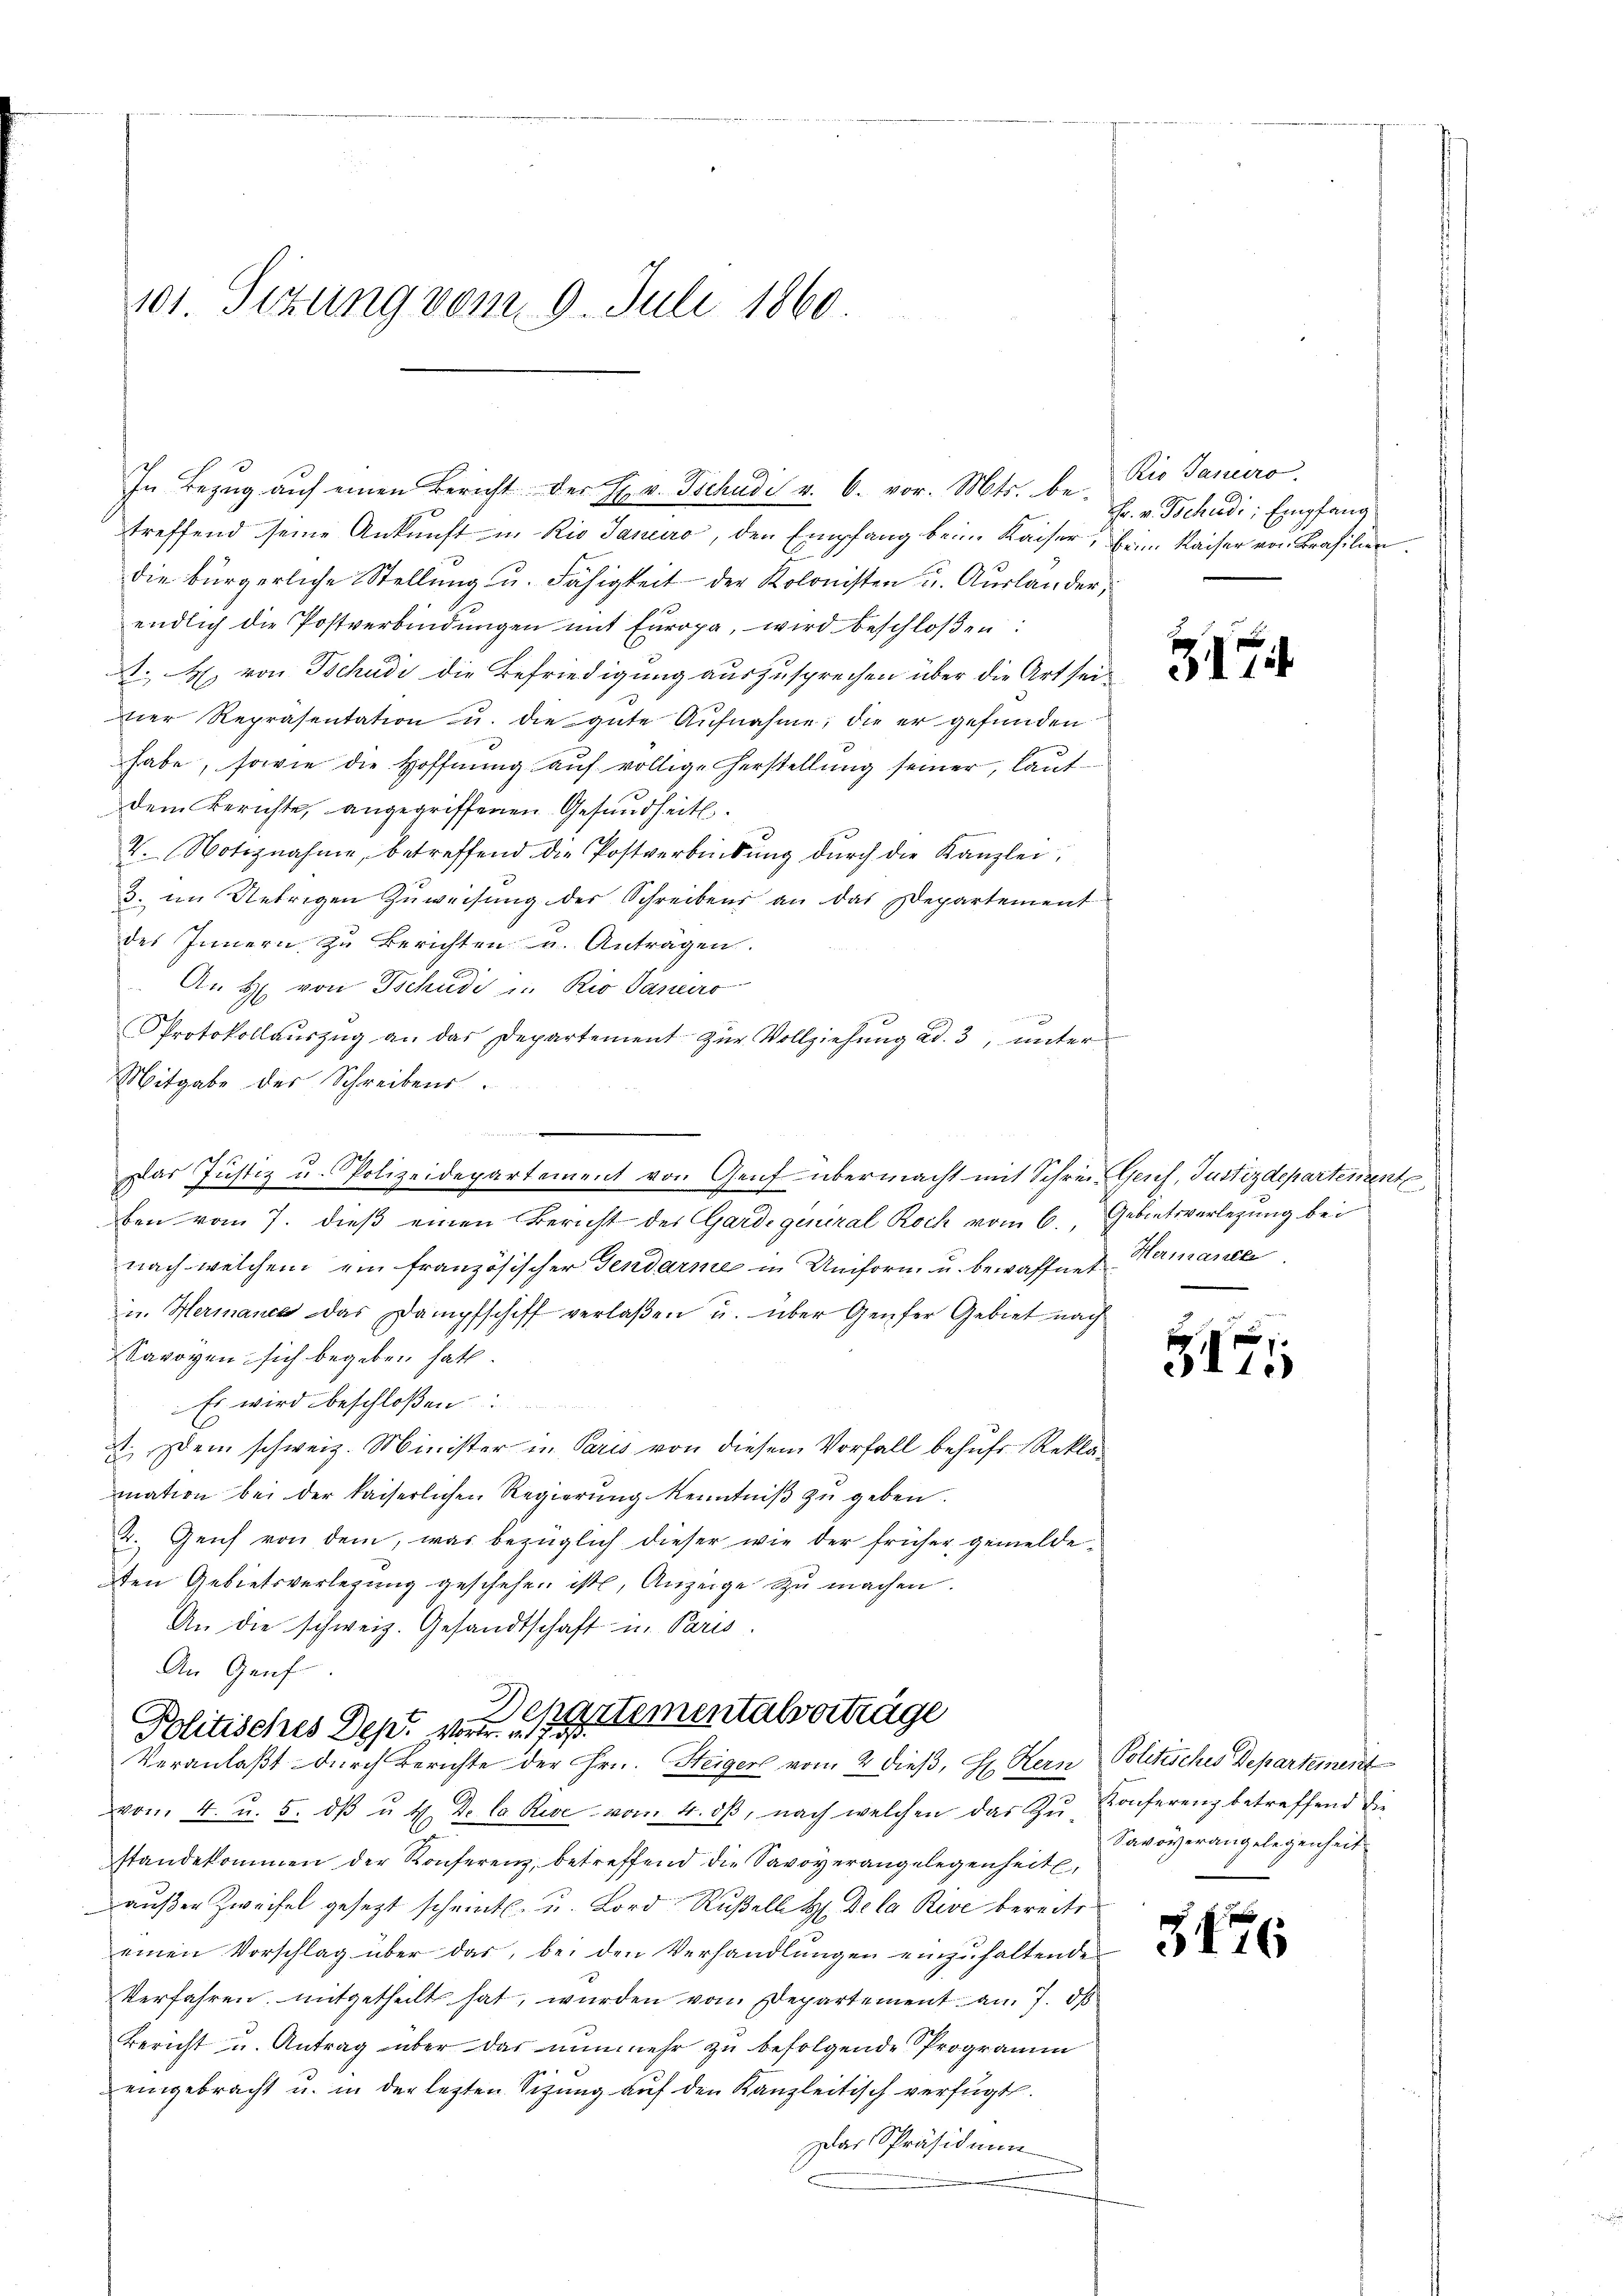
101. Sizung vom 9. Juli 1860

treffend seine Ankunft u. Rio Janeiro, den Empfang beim Kaiser, beim Kaiser von Brasilien
die bürgerliche Stellŭng u. Fähigkeit der Kolonisten u. Auslander,
endlich die Postverbindungen mit Europa, wird beschloßen:
. H. von Tschudi die Befriedigung auszusprechen über die Art seivier Repräsentation u. die gute Aŭfnahme, die er gefunden
habe, sowie die Hoffnung auf völlige Herstellung seiner, laut
dem Berichte, angegriffenen Gesundheit.
V. Notiznahme, betreffend die Postverbindung durch die Kanzlei,
3. im Uebrigen Zuweisung der Schreibens an das Departement
des Innern zu Berichten und Antragen.
An H. von Tschudi in Rio daneiro

Protokollaŭszŭg an das Departement zŭr Vollziehŭng ad. 3, unter
Mitgabe des Schreibens.
.
ben vom 7. dieß einen Bericht des Gardegeneral Roch vom 6. Gebietsverlegung bei
nach welchem ein französischer Gendarme in Uniform u. bewaffnet Hermanca
u. Hermanca das Dampfschiff verlaßen u. über Genfer Gebiet nach
Savoyen sich begeben hatt.
Es wird beschloßen
A. Dem schweiz. Minister in Paris von diesem Vorfall behufs Reklamation bei der kaiserlichen Regierŭng Kenntniβ zŭ geben.
2. Genf von dem, was bezüglich dieser wie der früher gemeldeden Gebietsverlegung geschehen ist, Anzeige zu machen.
An die schweiz. Gesandtschaft in Paris.
An Genf
Dchartementalverträge
Politisches Dep. Vortr. a. 1793.
Veranlaßt durch Berichte der Hrn. Steigerl vom 2 dieß, H. Kern Politisches Departement
vom 4. u. 5. dβ u 4. De la Rive von 4. dβ, nach welchen das Zŭ Conferenz betreffend die
standekommen der Konferenz, betreffend die Savoyerangelegenheit,
außer Zweifel gesezt scheint. u. Lord Rußell H. Dela Rive bereits
einen Vorschlag über das, bei den Verhandlungen einzuhaltende
Verfahren mitgetheilt hat, wurden von Departement am 7. dß
Bericht u. Antrag über das nunmehr zu befolgende Programm
eingebracht u. in der letzten Sitzŭng aŭf den Kanzleitisch verfügt.
Das Präsidium

In Bezug auf einen Bericht der Hr. v. Tschudi v. 6. vor. Mts. be- Rio Janiero

Das Justiz u. Polizeidepartement von Genf übermacht mit Schrei Genf, Justizdepartemente

Fr. v. Tschudi; Empfang

317

317

Savoyerangelegenheit

3446